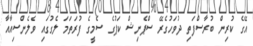
އޭގެ ކުރިން ބުރާސްފަތި ދުވަހުގެރޭ ސްޕެނިޝް ކަޕުގެ ސެމީގެ ފުރަތަމަ ލެގުގައި ވެލެންސިއާއާ